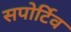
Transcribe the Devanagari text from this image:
सपोर्टिव